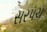
સરપચ